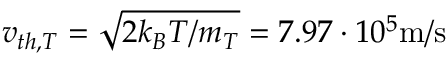
v _ { t h , T } = \sqrt { 2 k _ { B } T / m _ { T } } = 7 . 9 7 \cdot 1 0 ^ { 5 } \mathrm { m / s }